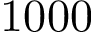
1 0 0 0